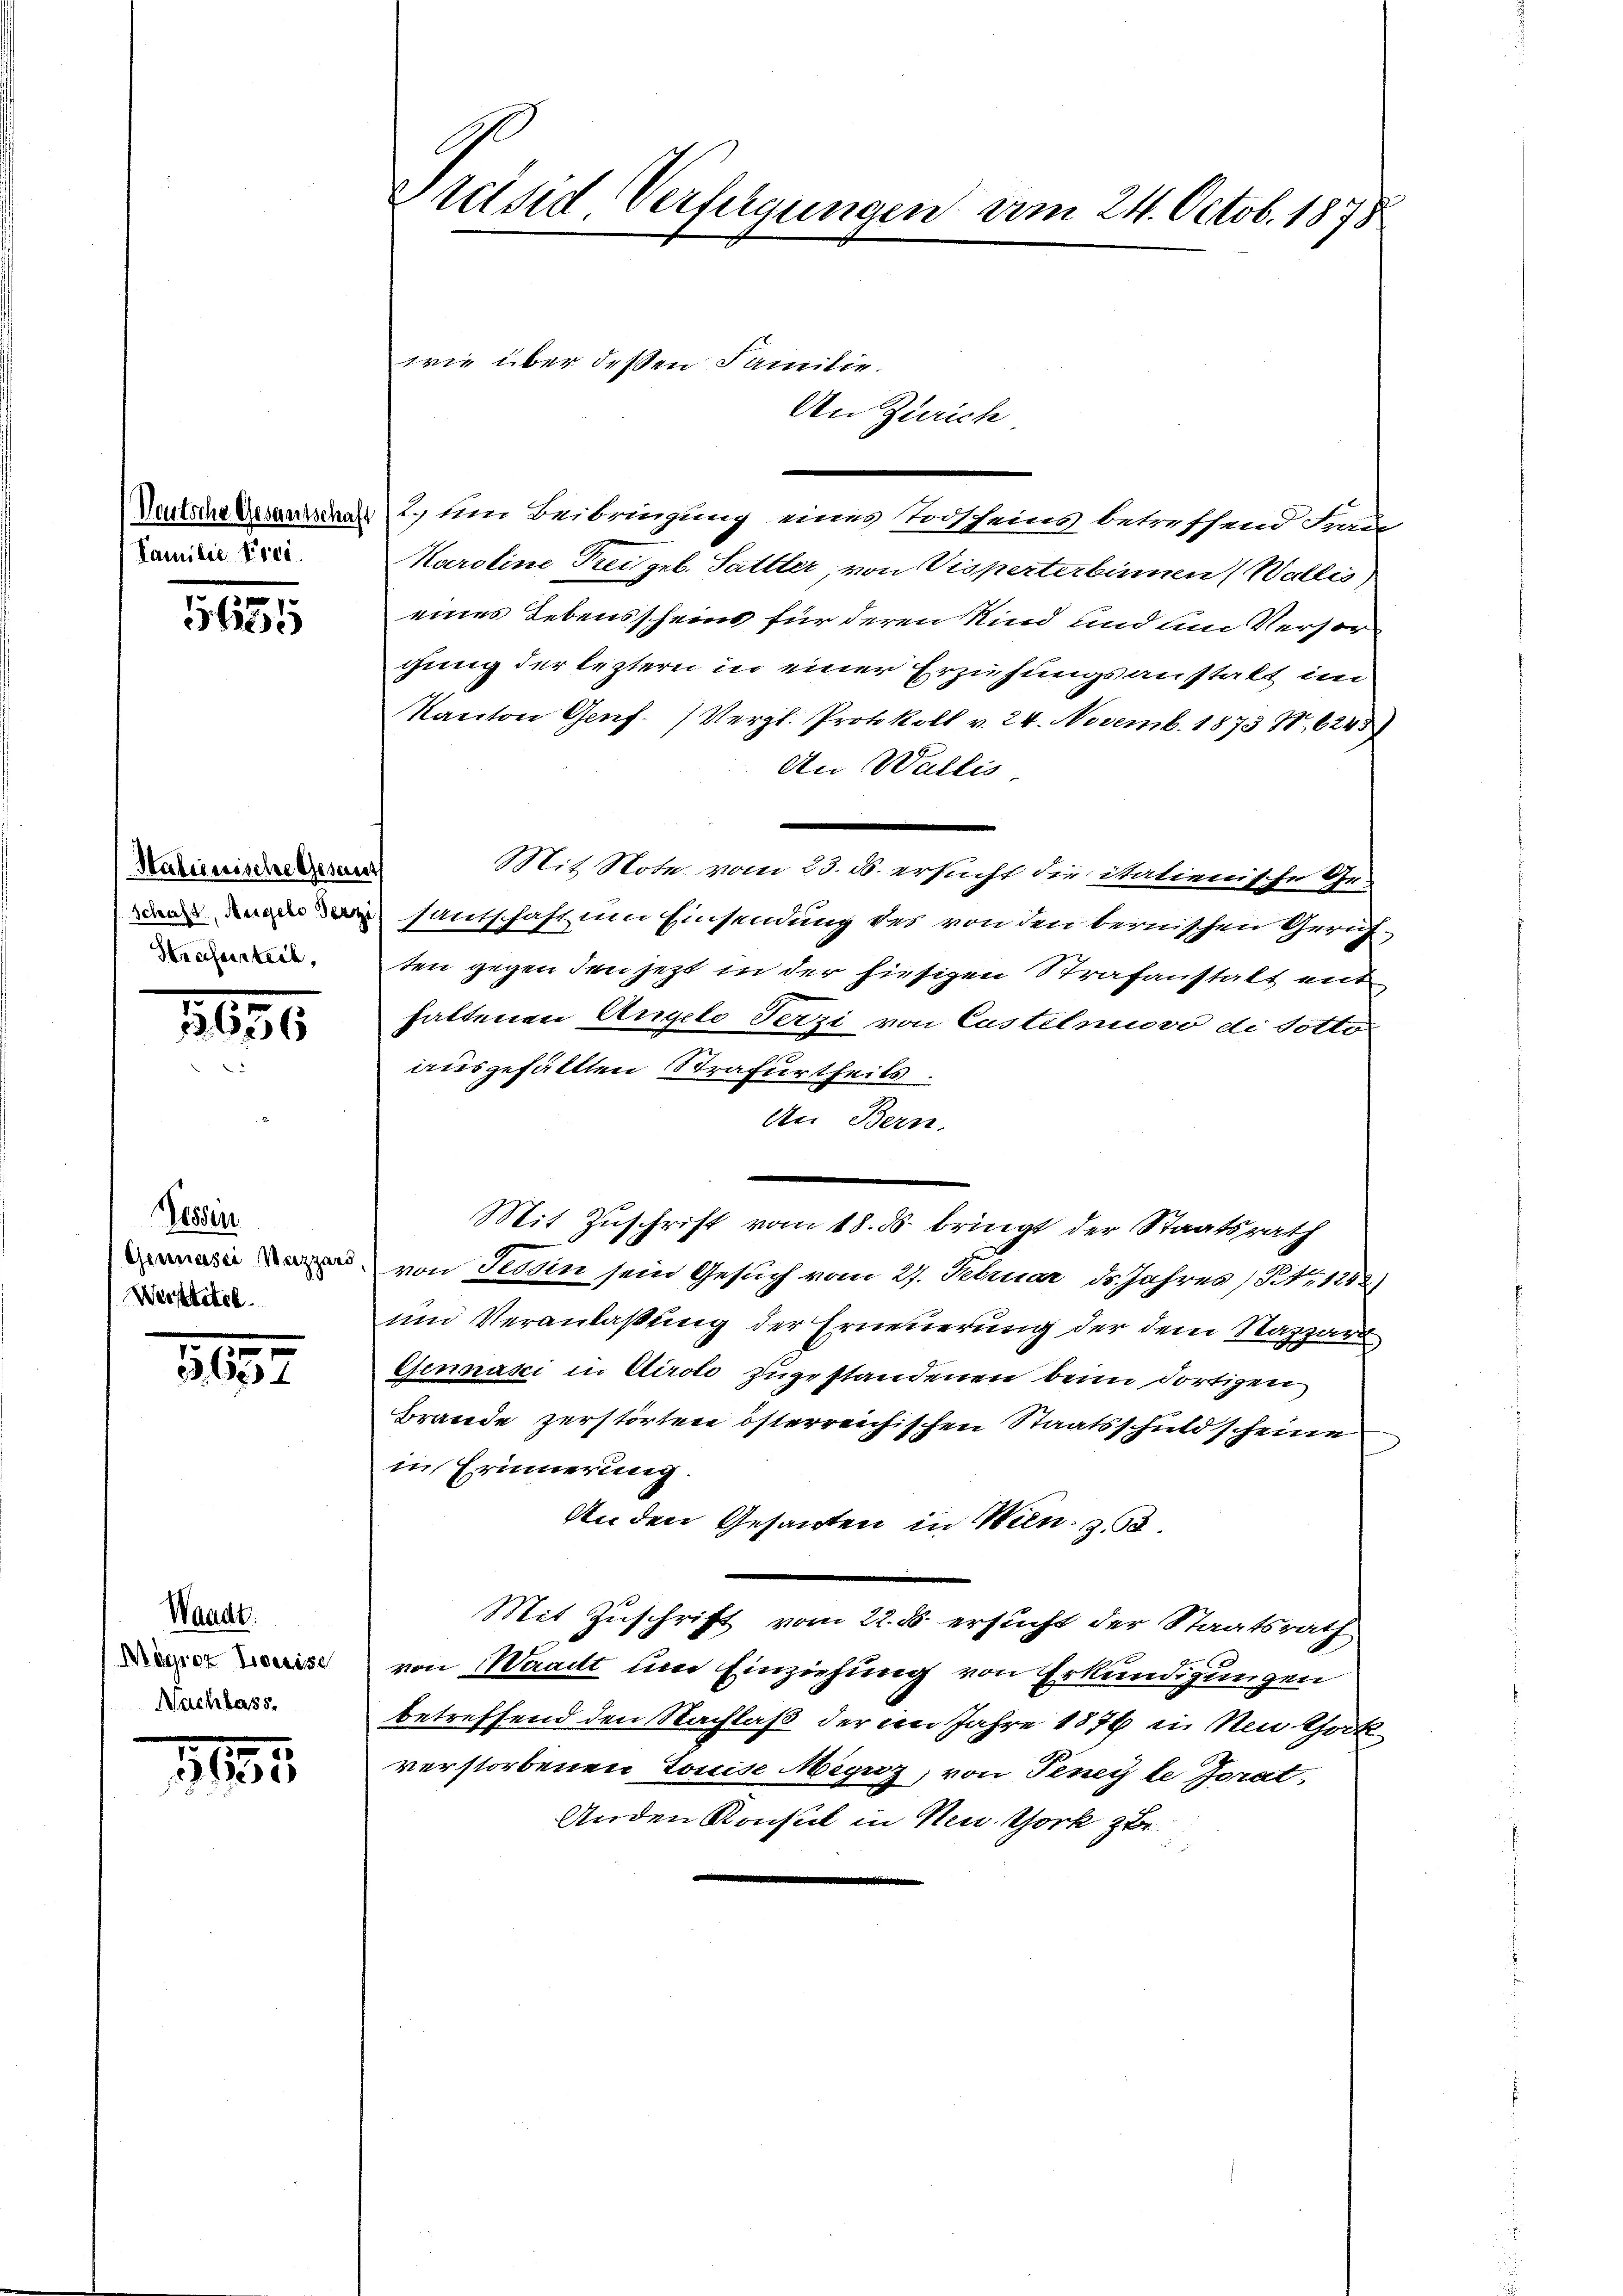
Weutsche Gesantschaft
Familie Erei

1655

Halienische Gesamt
schaft, Angelo Terze
Strafurteil,

2035

Pessen
Genuasci Nazzard,
Werstitel.

1187.

Waadt.
Mbgroz Leise
Nachlass

119

Präsid. Verfügungen am 24. Octob. 1878

.
2. um Beibringung eines Todscheins betreffend Frau
Karoline Treigel. Sattler von Visperter binnen (Wallis
eines Lebensscheins für deren Kind und um Versorgung der leztern in einer Erziehungsanstatt im
Kanton Genf. (Vergl. Protokoll v. 24. Novemb. 1873 S. 6245)
An Wallis.
Mit Note vom 23. ds. ersucht die italienische Gesautschaft um Einsendung des von den bernischen Gerichten gegen den jetzt in der hiesigen Strafanstalt mit
hattenen Angelo Terzi von Custilmuovo di Potto
ausgefällten Strafurtheils.
An Bern,
Mit Zuschrift vom 18. ds. bringt der Staatsrath
von Tessin sein Gesuch vom 27. Februar ds. Jahres No 1242
und Veranlaßung der Erneuerung der dem Rappart
Gennaki in Airolo zugestandenen beim dortigen
Brande zerstörten österreichischen Staatsschuldscheine
in Erinnerung.
An den Gesandten in Wien, z.
Mit Zuschrift vom 22. ds. ersucht der Staatsrath
von Waadt und Einziehung von Erkundigungen
betreffend den Nachlaß der im Jahre 1876 in Nothok
verstorbenen Louise Menz, von Finer le Jorat,
Anden Konsul in Neu Chork zur

wie über dessen Familie.

An Zürich